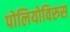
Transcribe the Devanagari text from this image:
पोलियोविरुस